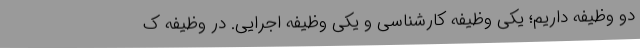
دو وظیفه داریم؛ یکی وظیفه کارشناسی و یکی وظیفه اجرایی. در وظیفه ک